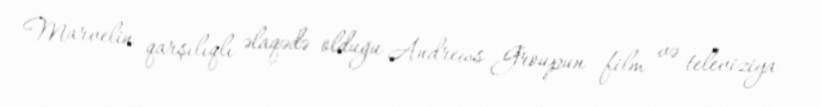
Marvelin qarşılıqlı əlaqədə olduğu Andrews Groupun film və televiziya